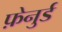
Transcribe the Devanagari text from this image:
फ़ेनुर्ड